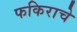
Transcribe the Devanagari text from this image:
फकिराचे